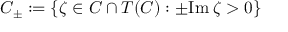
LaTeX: C _ { \pm } : = \{ \zeta \in C \cap T ( C ) : \pm \mathrm { I m } \: \zeta > 0 \}